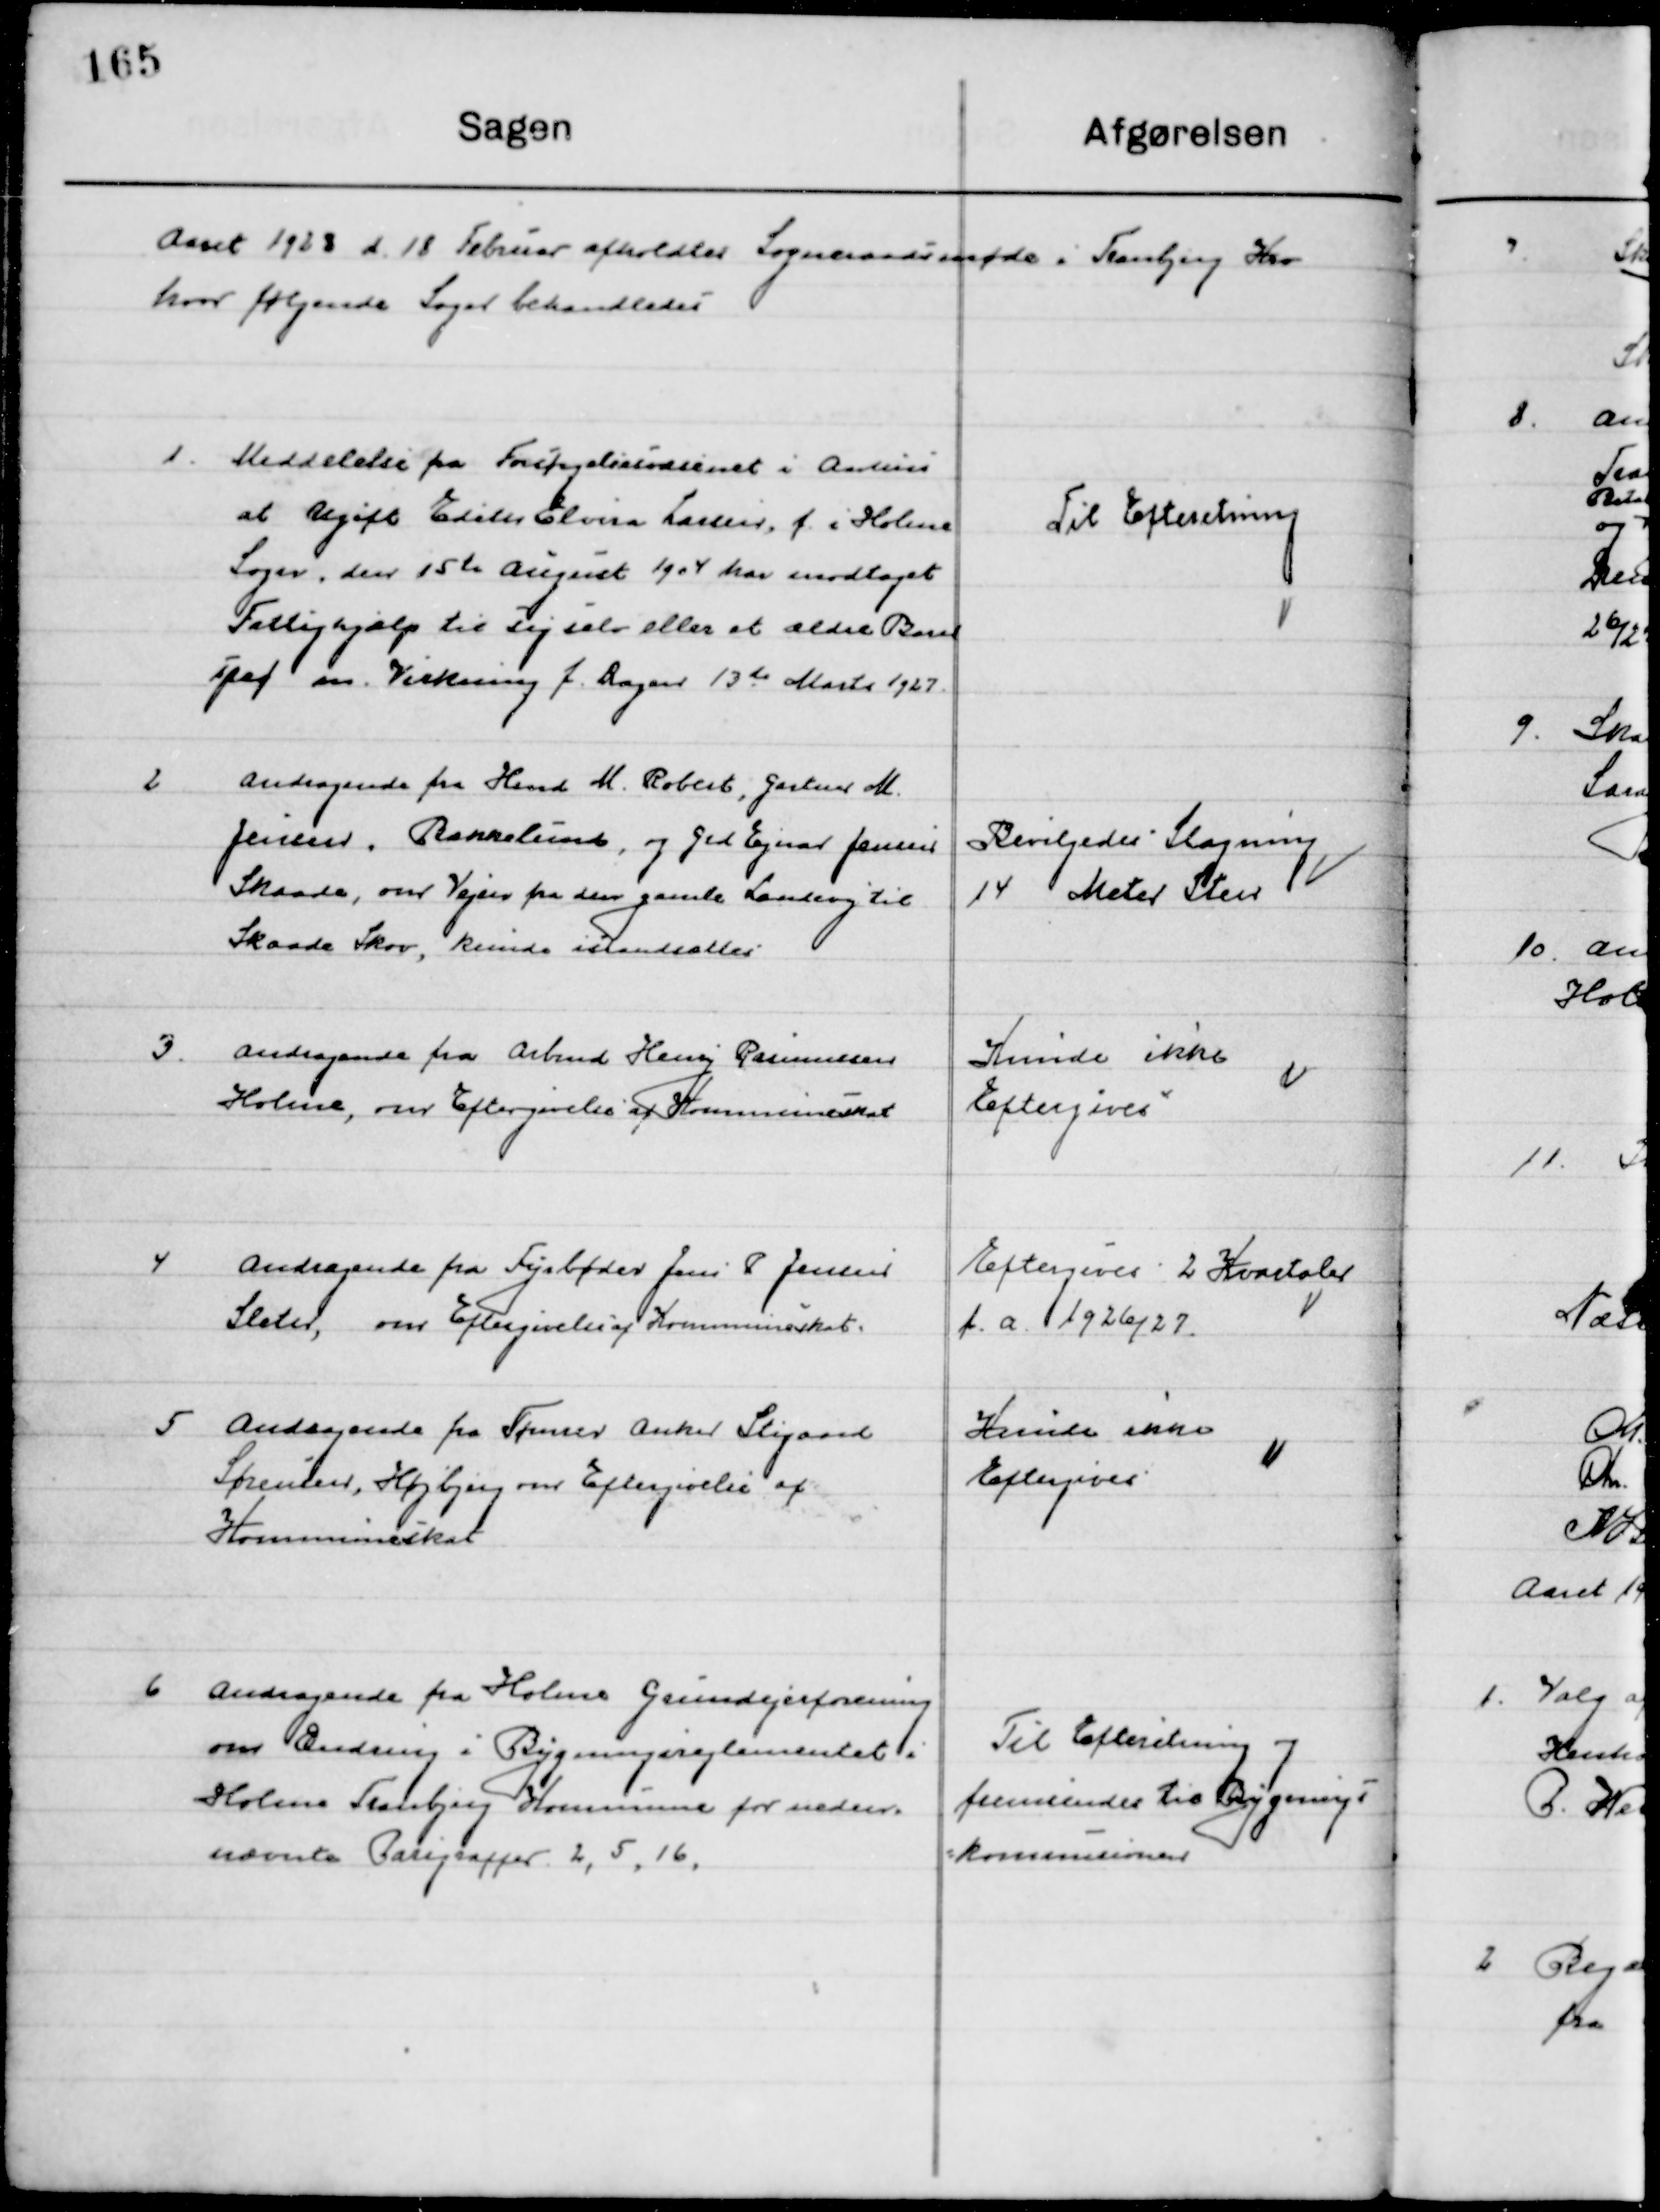
Transskription:
Aaret 1928 d. 18 Februar afholdtes Sogneraadsmøde i Tranbjerg Kro
hvor følgende Sager behandledes.

1

Meddelelse fra Forsørgelsesvæsenet i Aarhus
at Ugift Edith Elvira Larsen, f. i Holme
Sogn, den 15te August 1904 har modtaget
Fattighjælp til sig selv eller et ældre Barn
spaf m. Virkning f. Dagen 13de Marts 1927.

Til Efterretning

2

Andragende fra Hmd. M. Robert, Gartner M.
Jensen, Bakkelund, og Grd. Ejnar Jensen
Skaade, om vejen fra den gamle Landevej til
Skaade Skov, kunde istandsættes.

Bevilgedes Slagning 
14 Meter Sten

3

Andragende fra Arbmd. Henry Rasmussen 
Holme, om Eftergivelse af Kommuneskat.

Kunne ikke
Eftergives

4

Andragende fra Fyrbøder Jens P. Jensen
Sleter, om Eftergivelse af Kommuneskat.

Eftergives 2 Kvartaler
f. a. 1926/27

5

Andragende fra Tømrer Anker Stigaard
Sørensen, Højbjerg om Eftergivelse af 
Kommuneskat.

Kunne ikke
Eftergives

6

Andragende fra Holme Grundejerforening
om Ændring i Bygningsreglementet i
Holme Tranbjerg Kommune for neden
nævnte Paragraffer 2, 5, 16.

Til Efterretning og
fremsendes til Bygnings-
kommunen